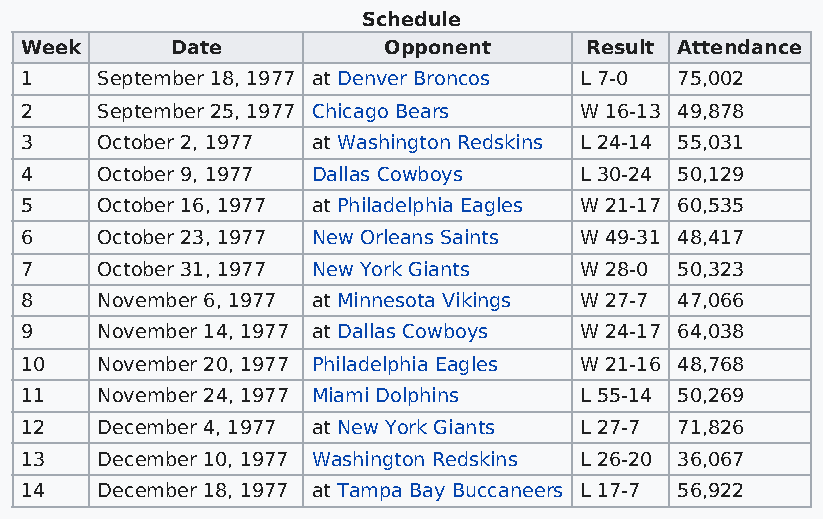
Schedule
 Week      Date          Opponent      Result Attendance
 1    September 18, 1977 at Denver Broncos L 7-0 75,002
 2    September 25, 1977 Chicago Bears W 16-13 49,878
 3    October 2, 1977 at Washington Redskins L 24-14 55,031
 4    October 9, 1977 Dallas Cowboys  L 30-24 50,129
 5    October 16, 1977 at Philadelphia Eagles W 21-17 60,535
 6    October 23, 1977 New Orleans Saints W 49-31 48,417
 7    October 31, 1977 New York Giants W 28-0 50,323
 8    November 6, 1977 at Minnesota Vikings W 27-7 47,066
 9    November 14, 1977 at Dallas Cowboys W 24-17 64,038
 10   November 20, 1977 Philadelphia Eagles W 21-16 48,768
 11   November 24, 1977 Miami Dolphins L 55-14 50,269
 12   December 4, 1977 at New York Giants L 27-7 71,826
 13   December 10, 1977 Washington Redskins L 26-20 36,067
 14   December 18, 1977 at Tampa Bay Buccaneers L 17-7 56,922